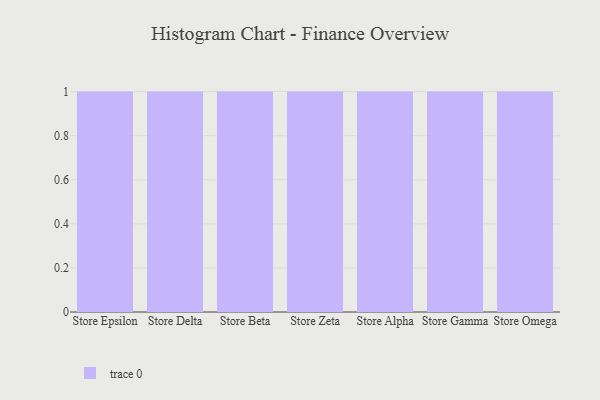
{"axis": {"x": "Store", "y": "Humidity (%)"}, "legend": [""], "data": [{"x": "Store Epsilon", "y": 70, "type": ""}, {"x": "Store Delta", "y": 53, "type": ""}, {"x": "Store Beta", "y": 63, "type": ""}, {"x": "Store Zeta", "y": 81, "type": ""}, {"x": "Store Alpha", "y": 31, "type": ""}, {"x": "Store Gamma", "y": 35, "type": ""}, {"x": "Store Omega", "y": 3, "type": ""}]}